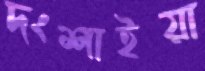
দংশাইয়া